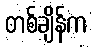
တစ်ချိန်က